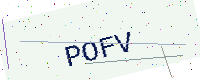
Text: POFV